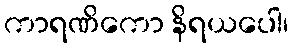
ကာရဏိကော နိရယပေါ၊